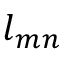
\boldsymbol { l } _ { m n }